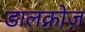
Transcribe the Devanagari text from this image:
डालक्रोज़